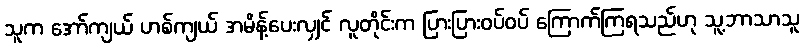
သူက အော်ကျယ် ဟစ်ကျယ် အမိန့်ပေးလျှင် လူတိုင်းက ပြားပြားဝပ်ဝပ် ကြောက်ကြရသည်ဟု သူ့ဘာသာသူ